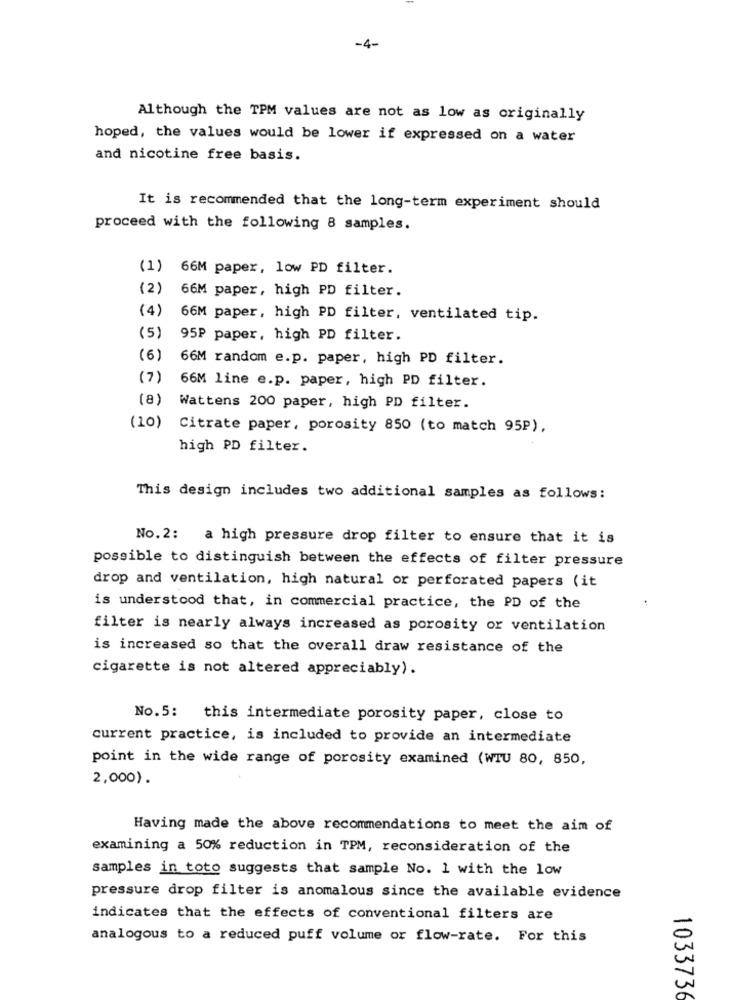
-4-
Although the TPM values are not as low as originally
hoped, the values would be lower if expressed on a water
and nicotine free basis.
It is recommended that the long-term experiment should
proceed with the following 8 samples.
(1) 66M paper, low PD filter.
(2)
66M paper, high PD filter.
(4)
66M paper, high PD filter, ventilated tip.
(5)
95P paper, high PD filter.
(6)
66M random e.p. paper, high PD filter.
(7)
66M line e.p. paper, high PD filter.
(8)
Wattens 200 paper, high PD filter.
(10) Citrate paper, porosity 850 (to match 95P),
high PD filter.
This design includes two additional samples as follows:
No. 2: a high pressure drop filter to ensure that it is
possible to distinguish between the effects of filter pressure
drop and ventilation, high natural or perforated papers (it
is understood that, in commercial practice, the PD of the
filter is nearly always increased as porosity or ventilation
is increased so that the overall draw resistance of the
cigarette is not altered appreciably).
No.5: this intermediate porosity paper, close to
current practice, is included to provide an intermediate
point in the wide range of porosity examined (WTU 80, 850,
2,000) .
Having made the above recommendations to meet the aim of
examining a 50% reduction in TPM, reconsideration of the
samples in toto suggests that sample No. 1 with the low
pressure drop filter is anomalous since the available evidence
indicates that the effects of conventional filters are
analogous to a reduced puff volume or flow-rate. For this
103373